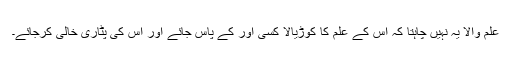
علم والا یہ نہیں چاہتا کہ اس کے علم کا کوڑیالا کسی اور کے پاس جائے اور اس کی پٹاری خالی کرجائے۔